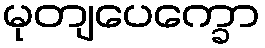
မုတျပေက္ခော